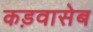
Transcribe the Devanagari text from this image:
कड़वासेब